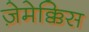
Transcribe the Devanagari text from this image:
ज़ेमेक्किस